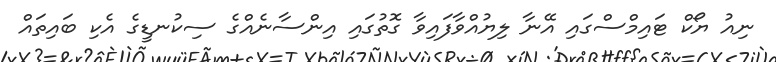
ނިއު ޔޯކް ޓައިމްސްގައި އޭނާ ލިޔުއްވާފައިވާ ގޮތުގައި އިންސާނެއްގެ ސިކުނޑީގެ އެކި ބައިތައް